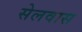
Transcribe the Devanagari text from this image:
सेलवास